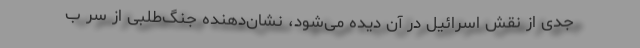
جدی از نقش اسرائیل در آن دیده می‌شود، نشان‌دهنده جنگ‌طلبی از سر ب